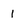
Character: 1